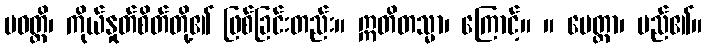
ပဝတ္တိ၊ ကိုယ်နှုတ်စိတ်တို့၏ ဖြစ်ခြင်းတည်း။ ဣတိတသ္မာ၊ ကြောင့်။ ။ မေတ္တာ၊ မည်၏။